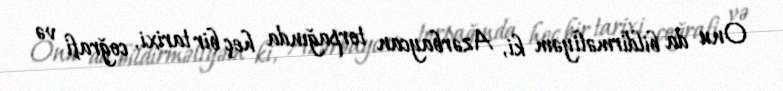
Onu da bildirməliyəm ki, Azərbaycan torpağında heç bir tarixi, coğrafi və